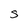
Character: S